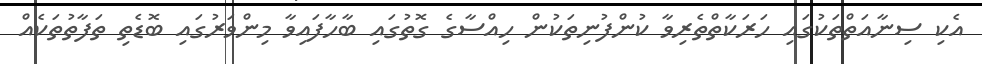
އެކި ސިނާއަތްތަކުގައި ހަރަކާތްތެރިވާ ކުންފުނިތަކުން ހިއްސާގެ ގޮތުގައި ބާހާފައިވާ މިންވަރުގައި ބޮޑެތި ތަފާތުތަކެއް